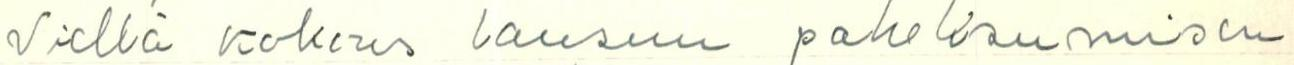
Viellä kokous lausuu paheksumisen